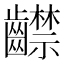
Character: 齽